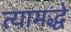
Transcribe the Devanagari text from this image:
त्यामद्धे